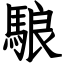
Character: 駺